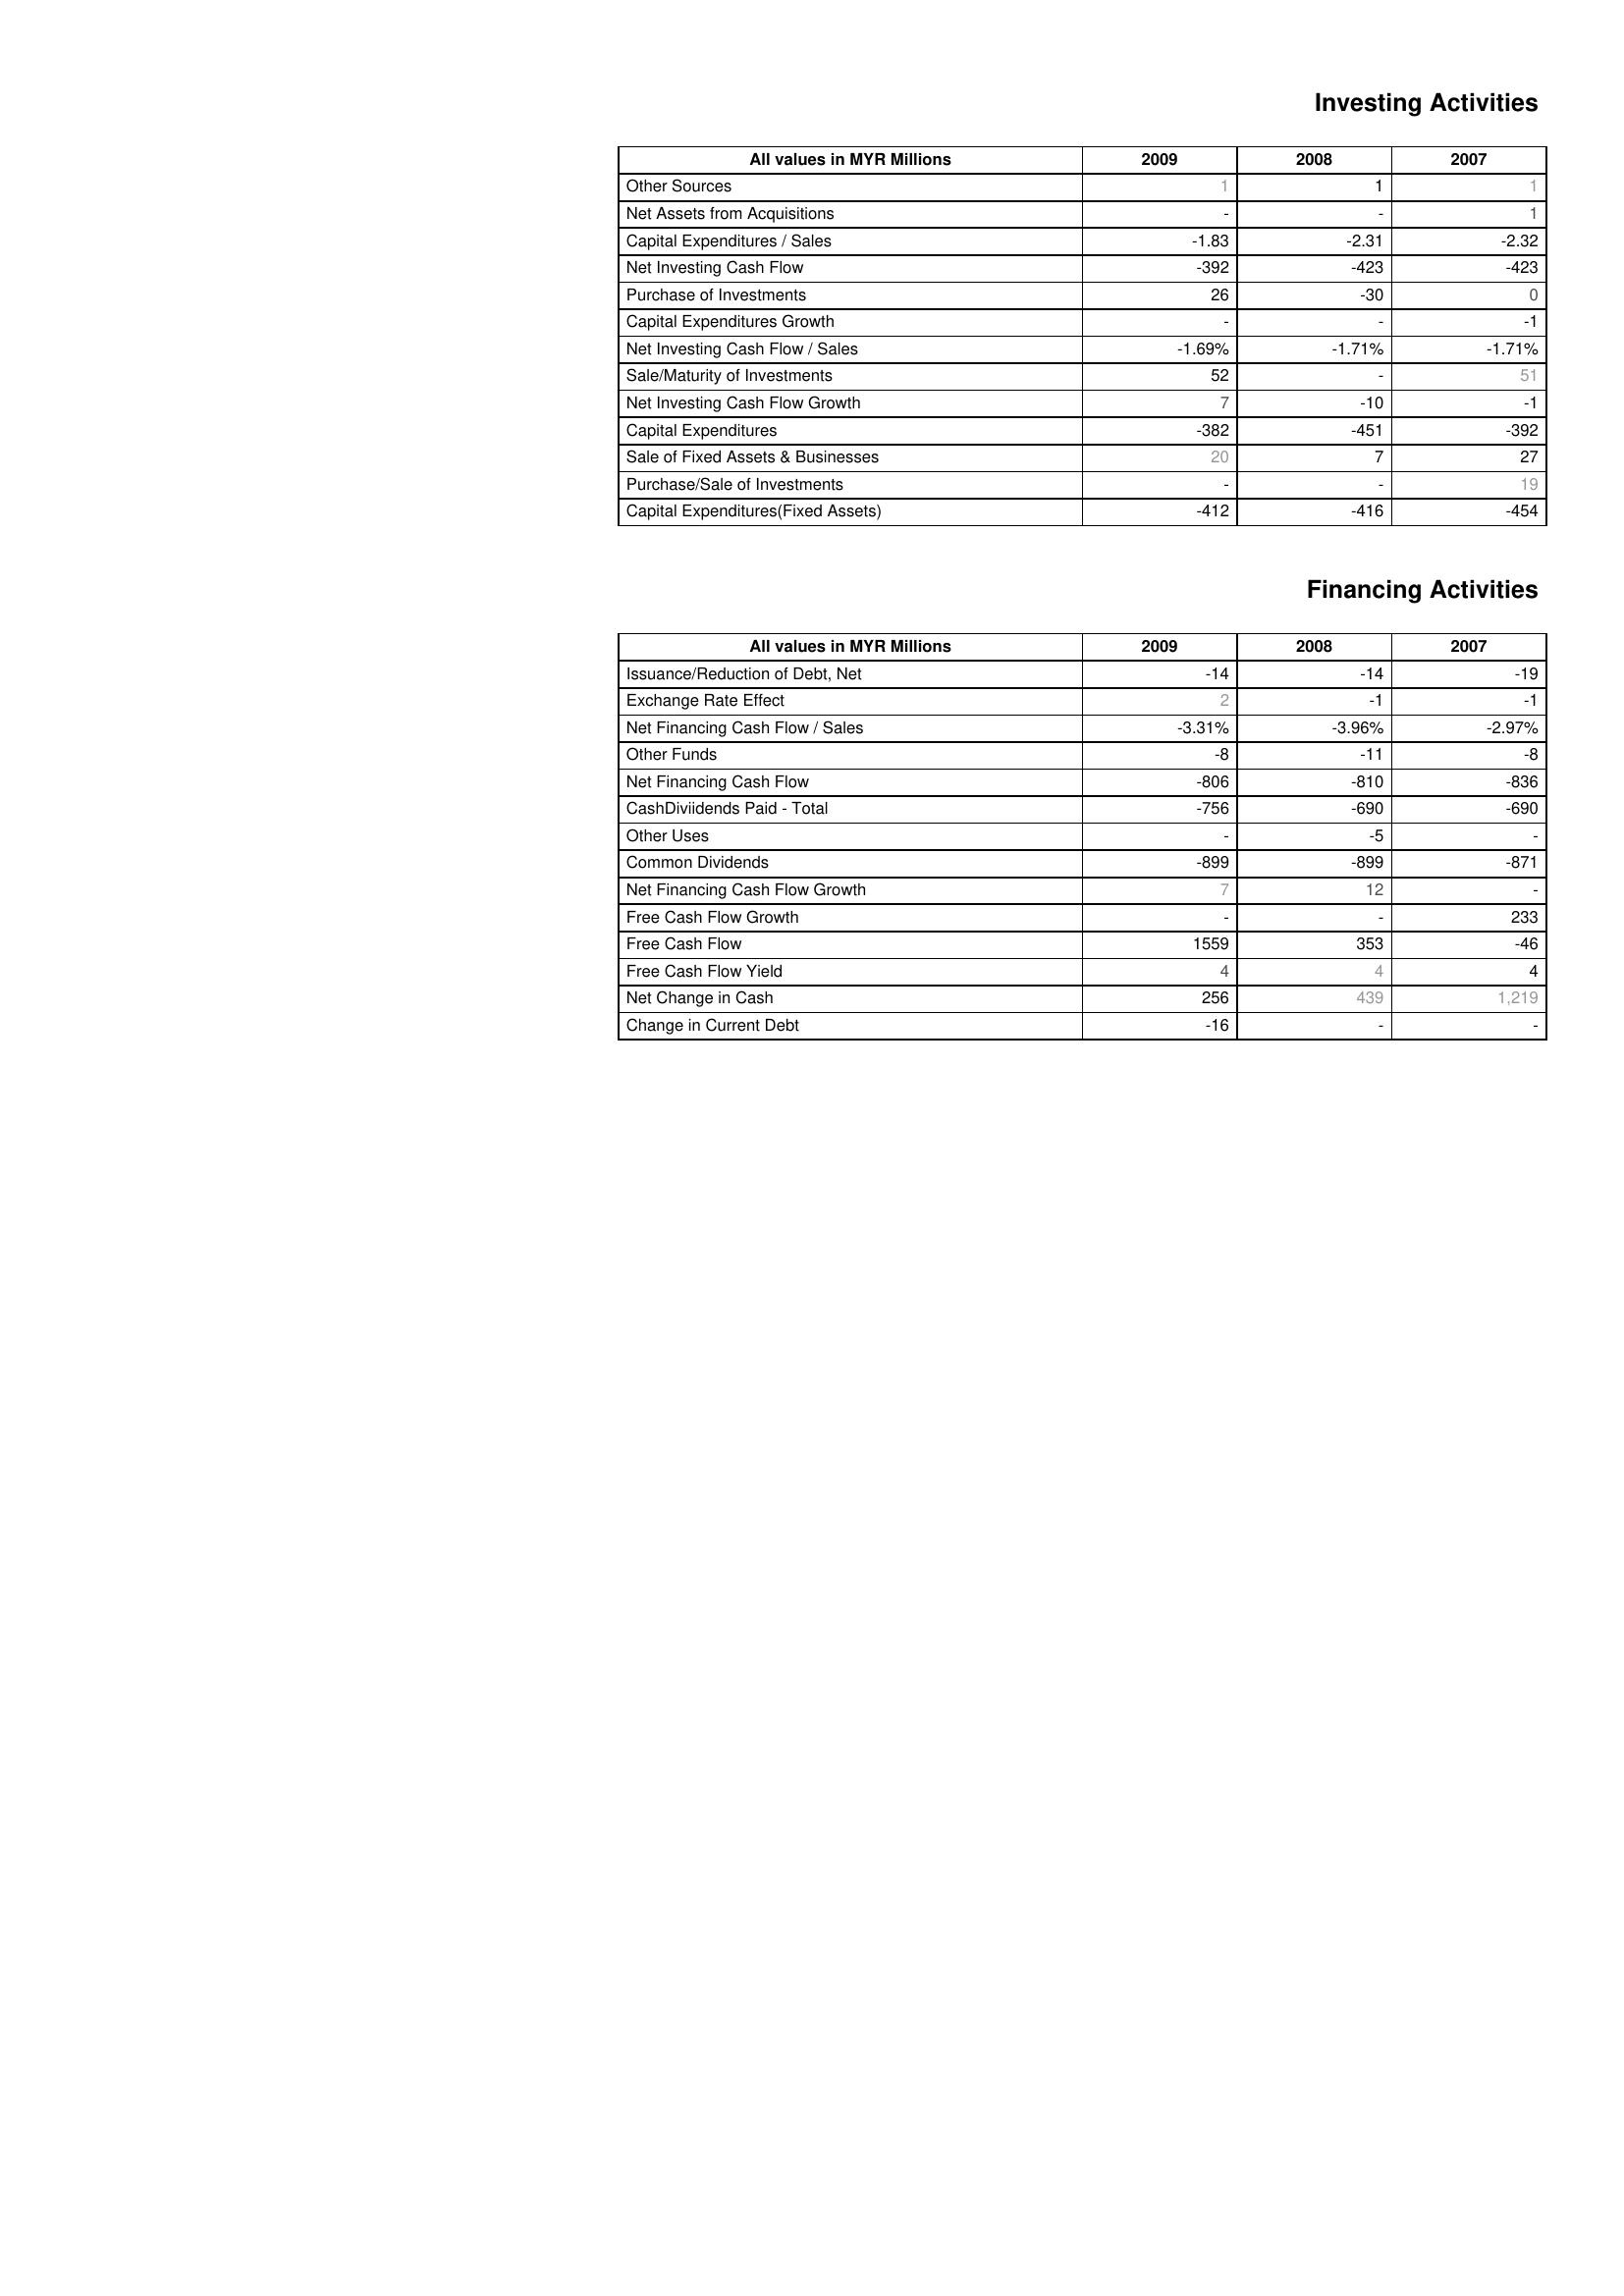
2009: Investing Activities: Other Sources: 1
Net Assets from Acquisitions: -
Capital Expenditures / Sales: -1.83
Net Investing Cash Flow: -392
Purchase of Investments: 26
Capital Expenditures Growth: -
Net Investing Cash Flow / Sales: -1.69%
Sale/Maturity of Investments: 52
Net Investing Cash Flow Growth: 7
Capital Expenditures: -382
Sale of Fixed Assets & Businesses: 20
Purchase/Sale of Investments: -
Capital Expenditures(Fixed Assets): -412
Financing Activities: Issuance/Reduction of Debt, Net: -14
Exchange Rate Effect: 2
Net Financing Cash Flow / Sales: -3.31%
Other Funds: -8
Net Financing Cash Flow: -806
CashDiviidends Paid - Total: -756
Other Uses: -
Common Dividends: -899
Net Financing Cash Flow Growth: 7
Free Cash Flow Growth: -
Free Cash Flow: 1559
Free Cash Flow Yield: 4
Net Change in Cash: 256
Change in Current Debt: -16
2008: Investing Activities: Other Sources: 1
Net Assets from Acquisitions: -
Capital Expenditures / Sales: -2.31
Net Investing Cash Flow: -423
Purchase of Investments: -30
Capital Expenditures Growth: -
Net Investing Cash Flow / Sales: -1.71%
Sale/Maturity of Investments: -
Net Investing Cash Flow Growth: -10
Capital Expenditures: -451
Sale of Fixed Assets & Businesses: 7
Purchase/Sale of Investments: -
Capital Expenditures(Fixed Assets): -416
Financing Activities: Issuance/Reduction of Debt, Net: -14
Exchange Rate Effect: -1
Net Financing Cash Flow / Sales: -3.96%
Other Funds: -11
Net Financing Cash Flow: -810
CashDiviidends Paid - Total: -690
Other Uses: -5
Common Dividends: -899
Net Financing Cash Flow Growth: 12
Free Cash Flow Growth: -
Free Cash Flow: 353
Free Cash Flow Yield: 4
Net Change in Cash: 439
Change in Current Debt: -
2007: Investing Activities: Other Sources: 1
Net Assets from Acquisitions: 1
Capital Expenditures / Sales: -2.32
Net Investing Cash Flow: -423
Purchase of Investments: 0
Capital Expenditures Growth: -1
Net Investing Cash Flow / Sales: -1.71%
Sale/Maturity of Investments: 51
Net Investing Cash Flow Growth: -1
Capital Expenditures: -392
Sale of Fixed Assets & Businesses: 27
Purchase/Sale of Investments: 19
Capital Expenditures(Fixed Assets): -454
Financing Activities: Issuance/Reduction of Debt, Net: -19
Exchange Rate Effect: -1
Net Financing Cash Flow / Sales: -2.97%
Other Funds: -8
Net Financing Cash Flow: -836
CashDiviidends Paid - Total: -690
Other Uses: -
Common Dividends: -871
Net Financing Cash Flow Growth: -
Free Cash Flow Growth: 233
Free Cash Flow: -46
Free Cash Flow Yield: 4
Net Change in Cash: 1,219
Change in Current Debt: -